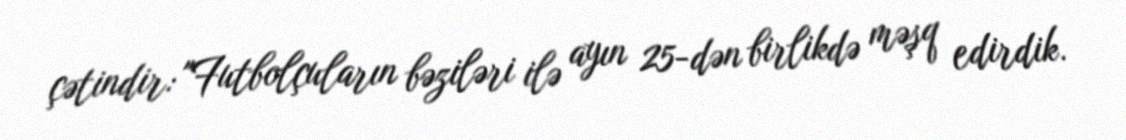
çətindir: "Futbolçuların bəziləri ilə ayın 25-dən birlikdə məşq edirdik.